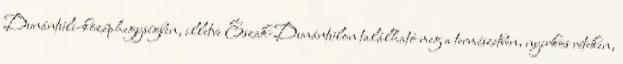
Dunántúli-középhegységben, illetve Észak-Dunántúlon található meg a természetben, nyirkos réteken,